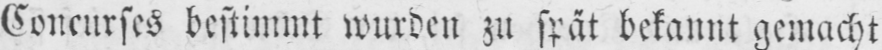
Concurses bestimmt wurden zu spät bekannt gemacht